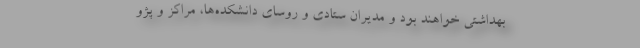
بهداشتی خواهند بود و مدیران ستادی و روسای دانشکده‌ها، مراکز و پژو